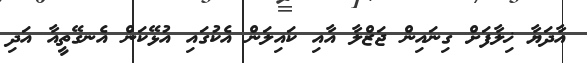
އާދަޔާ ޚިލާފަށް ގިނައިން ޖަޒްލާ އާއި ކައިލަން އެކުގައި އުޅޭކަން އެނގޭތީއާ އަދި